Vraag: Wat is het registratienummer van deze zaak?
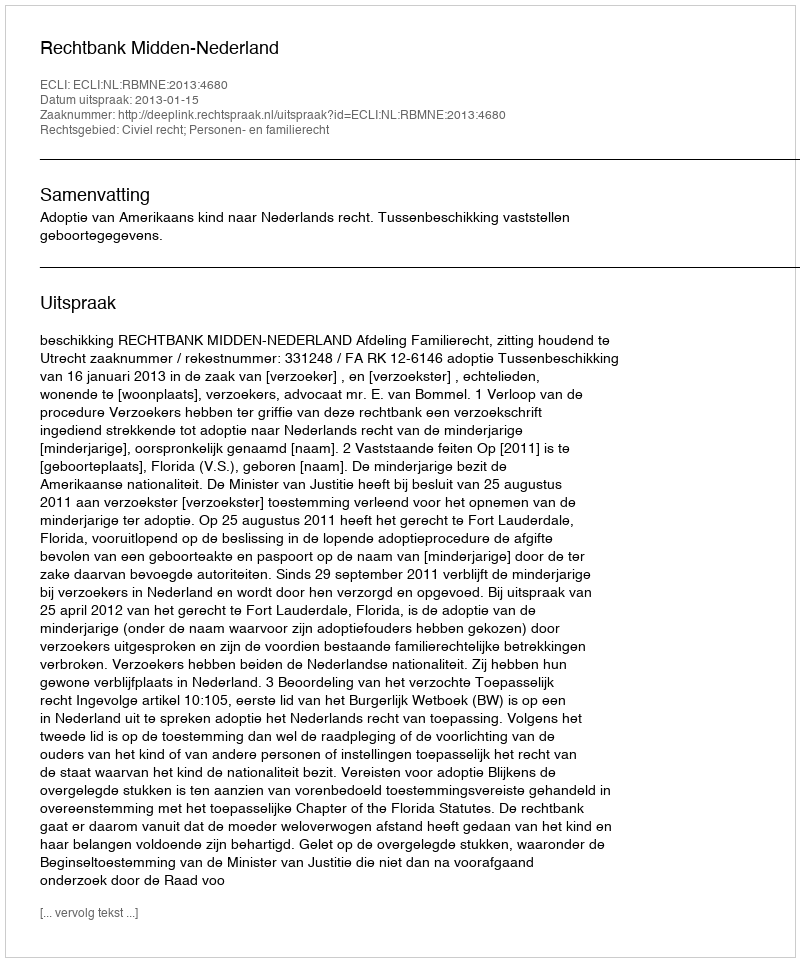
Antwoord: http://deeplink.rechtspraak.nl/uitspraak?id=ECLI:NL:RBMNE:2013:4680